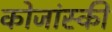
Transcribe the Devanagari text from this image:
कोजांस्की